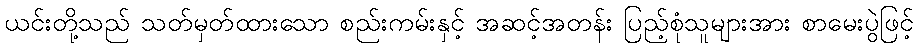
ယင်းတို့သည် သတ်မှတ်ထားသော စည်းကမ်းနှင့် အဆင့်အတန်း ပြည့်စုံသူများအား စာမေးပွဲဖြင့်